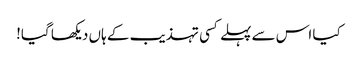
کیا اس سے پہلے کسی تہذیب کے ہاں دیکھا گیا!